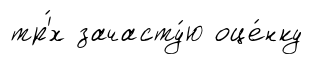
тр'́х зачасту́ю оце́нку